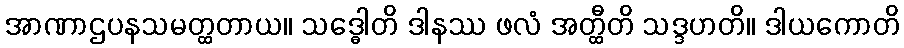
အာဏာဌပနသမတ္ထတာယ။ သဒ္ဓေါတိ ဒါနဿ ဖလံ အတ္ထီတိ သဒ္ဒဟတိ။ ဒါယကောတိ